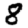
Digit: 8